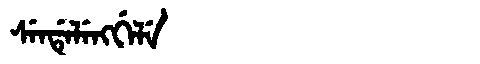
Manchu: ᠰᡝᠨᡩᡝᠯᡝᠩᡤᡝᠯᡝ
Romanization: SENDELENGGELE